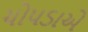
ચોપડાએ